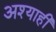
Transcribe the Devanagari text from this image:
अश्याही